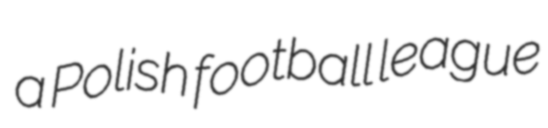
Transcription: a Polish football league